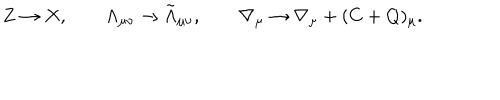
Z \rightarrow X , \qquad \Lambda _ { \mu \nu } \rightarrow \tilde { \Lambda } _ { \mu \nu } , \qquad \nabla _ { \mu } \rightarrow \nabla _ { \mu } + ( C + Q ) _ { \mu } .